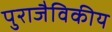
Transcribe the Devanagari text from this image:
पुराजैविकीय